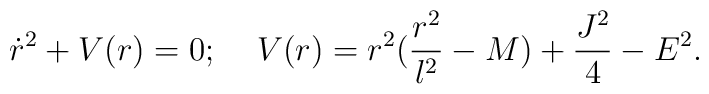
\dot{r}^2+V(r)=0;\;\;\;\;V(r)=r^2(\frac{r^2}{l^2}-M)+\frac{J^2}{4}-E^2.